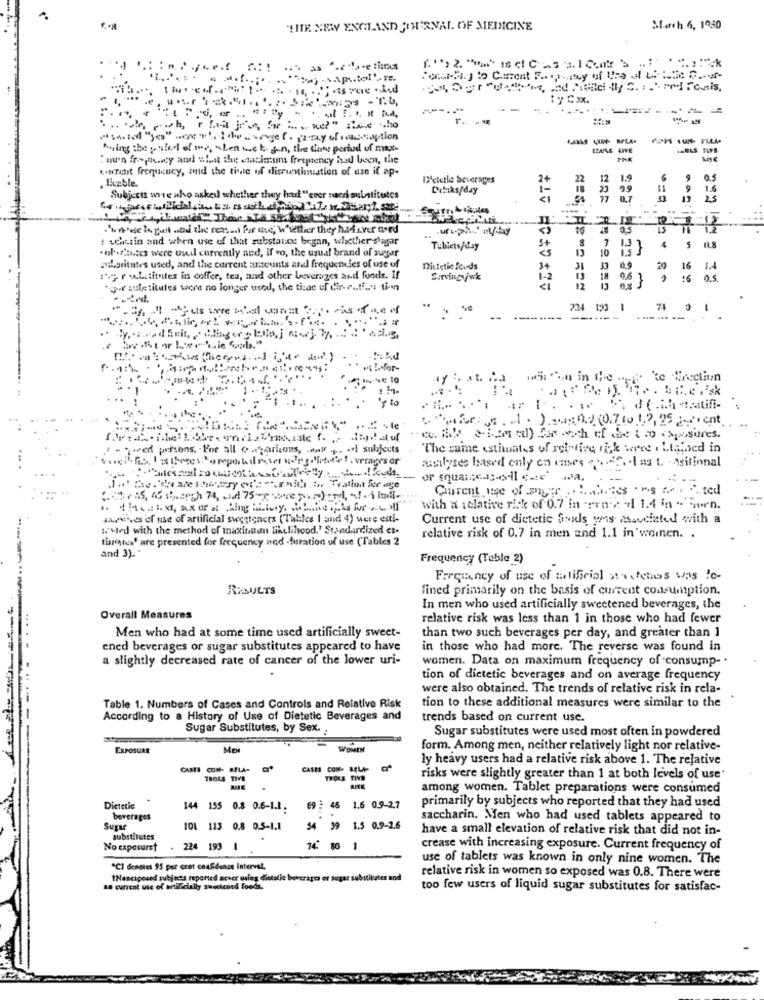
"THE NEW ENGLAND JOURNAL OF MEINICINE
March 6, 1030
(.">2. """Isc CasalCent 's ..: :
:y Cox.
......
--------
---
Pouring the yetifed of me, when we k. Jun, the date period of max-
: nu'n fraphety and slet the stasimums freepeney had been, the
w.wrett frequency, zuid the tivte of disrutinuation of use if ap-
. Eczble.
Dietetic beverages
2+
12
1.9
0.5
Dulaks/day
1-
22
23 99
9 1.6
Subjects were who asked whether they had "ever nacci substitestes
77 0.7
.hade h gali and the ress .. for the, Whether they hadever nord
16
ichssin and when use of that substance began, whether slaggar
ul.fautes were usul currently and, if o, the usual brand of sugar
Tubiets/day
St
10
4
S
0.8
valoritutes used, and the current steunts and frequencies of use of
Dietetic feeds
34
31
0.9
20
16 14
1 .; r Lititntes in coffee, tea, and other beverages and foods. If
Servingsjwk
1-2
13
16
0.5
por suste titutes were no longer used, the ticae uf dir. r .. ti .... tien
224 190 1
-
-------
15: "on in the meie te lirecliun
to
de.it -ratifi-
.. 1 . ) .::: 0.9 (0.7 to 1,2, 25 _-. ent
tional) for och of He Cto postres.
- queed parsons. . For all ofarions, war .. . subjects
The same estimates of relative risk weree . Ltabbed in
...
wishlyses based only on enses . ..... . I as t. - sifinnal
Curent _use of myer .. ...... es . "s " .. . ... ted
with a relative rick of 0.7 in -rrn .: "1 1.4 in - nen.
warst.es of use of artificial sweeteners (Tables 1 and 4) were esti-
Current use of dietetic foods was associated with a
W'sled with the method of maxing.m likelihood.' Standardized es-
tinestus' are presented for frequency und .duration of use ('Tables 2
relative risk of 0.7 in men and 1.1 in women. .
and 3) .*
Frequency (Table 2)
Frequency of use of tatificial stretches was lo-
RESULTS
fined primarily on the basis of current consumption.
In men who used artificially sweetened beverages, the
Overall Measures
relative risk was less than 1 in those who had fewer
Men who had at some time used artificially sweet-
than two such beverages per day, and greater than 1
.....
ened beverages or sugar substitutes appeared to have
in those who had more. The reverse was found in
a slightly decreased rate of cancer of the lower uri-
women. Data on maximum frequency of consump -.
tion of dietetic beverages and on average frequency
.....
were also obtained. The trends of relative risk in rela-
Table 1. Numbers of Cases and Controls and Relative Risk
tion to these additional measures were similar to the
According to a History of Use of Dietetic Beverages and
trends based on current use.
Sugar Substitutes, by Sex. .
Sugar substitutes were used most often in powdered
EXPOSURE
MEN
-
WOMEN
form. Among men, neither relatively light nor relative-
ly heavy users had a relative risk above 1. The relative
CASE CON- BELA-
a.
CALES CON- RELA-
TROLS TIVE
TROLS TIVE
risks were slightly greater than 1 at both levels of use'
among women. Tablet preparations were consumed
primarily by subjects who reported that they had used
Dietetic
144 155 0.8 0.6-1.1.
69 : 45
1.6 0.9-27
beverages
saccharin. Men who had used tablets appeared to
Sugar
101 113 0.8 0.5-1.1
54
1.5 0.9-2,6
have a small elevation of relative risk that did not in-
substitutes
No exposuret
224 193
1
14 80 1
crease with increasing exposure. Current frequency of
use of tablets was known in only nine women. The
*CI dendies 95 per cent confidence Interval,
1Nestaposed subjects reported acver using dictelle becrago or sugar substitutes and
relative risk in women so exposed was 0.8. There were
10 current use of artificially swedened foods.
too few users of liquid sugar substitutes for satisfac-